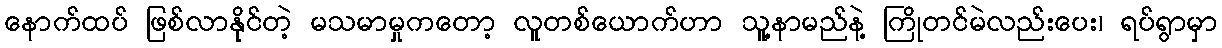
နောက်ထပ် ဖြစ်လာနိုင်တဲ့ မသမာမှုကတော့ လူတစ်ယောက်ဟာ သူ့နာမည်နဲ့ ကြိုတင်မဲလည်းပေး၊ ရပ်ရွာမှာ